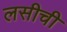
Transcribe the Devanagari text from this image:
लसीची